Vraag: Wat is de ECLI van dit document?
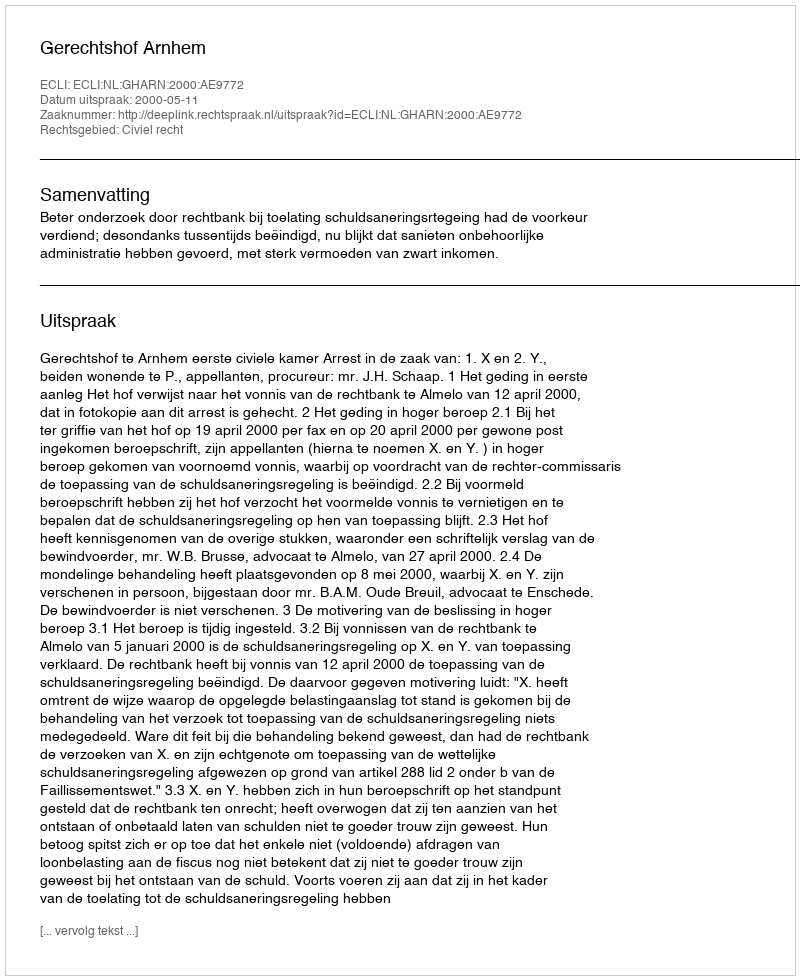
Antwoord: ECLI:NL:GHARN:2000:AE9772